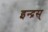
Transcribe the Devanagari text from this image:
इन्द्रस्